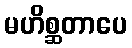
မဟိစ္ဆတာပေ